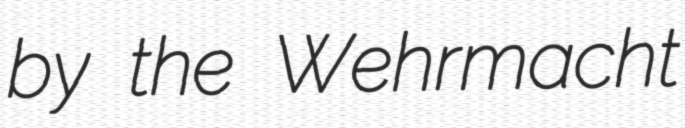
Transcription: by the Wehrmacht